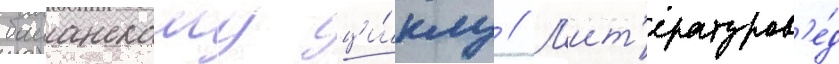
баианскому ци́клу // Л'ит'ературов'е́д